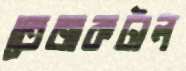
তেজকটাল